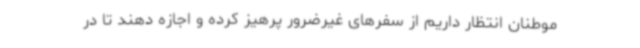
موطنان انتظار داریم از سفرهای غیرضرور پرهیز کرده و اجازه دهند تا در